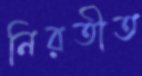
নিরতীত